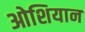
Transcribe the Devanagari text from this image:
ओशियान